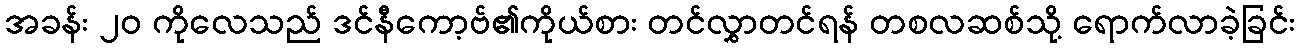
အခန်း ၂၀ ကိုလေသည် ဒင်နီကော့ဗ်၏ကိုယ်စား တင်လွှာတင်ရန် တစလဆစ်သို့ ရောက်လာခဲ့ခြင်း